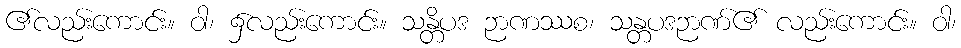
၏လည်းကောင်း။ ဝါ၊ ၌လည်းကောင်း။ သန္တိပဒ ဉာဏဿစ၊ သန္တပဒဉာဏ်၏ လည်းကောင်း။ ဝါ၊